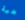
هية